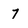
Character: 7